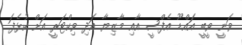
ވަނީ ވީބީ އައްޑޫ އެފްސީ އާއި މާޒިޔާ އަދި ވިކްޓަރީ އަށް ކުޅެފަ